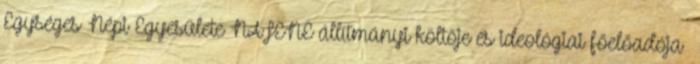
Egységes Népi Egyesülete NAFENE állítmányi költője és ideológiai főelőadója